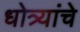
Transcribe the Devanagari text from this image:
धोत्र्यांचे